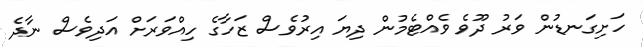
ހަށިގަނޑުން ވަރު ދޫވެ ވެއްޓެމުން ދިޔަ އިރުވެސް ޒަހާގެ ހިއްވަރަށް އަދިވެސް ނާދެ